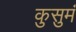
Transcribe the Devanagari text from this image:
कुसुमं